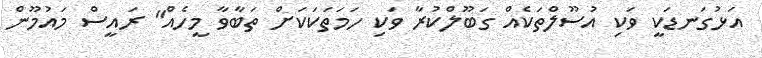
އަޅުގަނޑަކީ ވަކި އުސޫލްތަކެއް ގަބޫލްކުރާ ވަކި ހަމަތަކަކަށް ތަބާވާ މީހެއް" ރައީސް މައުމޫން